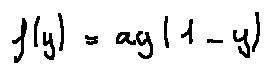
f ( y ) = a y ( 1 - y )